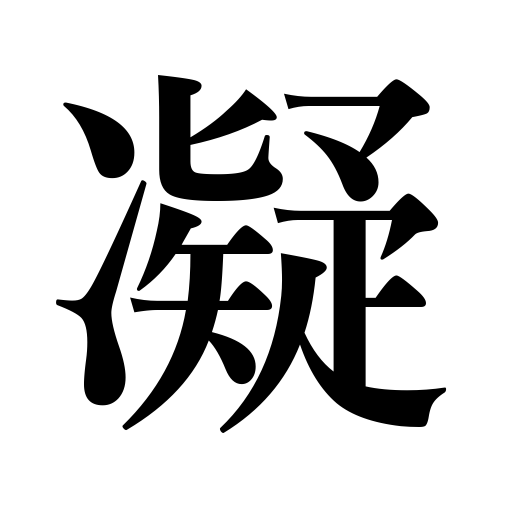
Meanings: congeal,be devoted to,be absorbed in,devote,elaborate,rack,feel stiff,get stiff,be a fanatic,apply,concentrate,strain,freeze